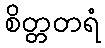
စိတ္တတရံ